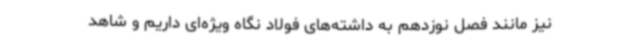
نیز مانند فصل نوزدهم به داشته‌های فولاد نگاه ویژه‌ای داریم و شاهد